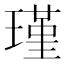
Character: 瑾